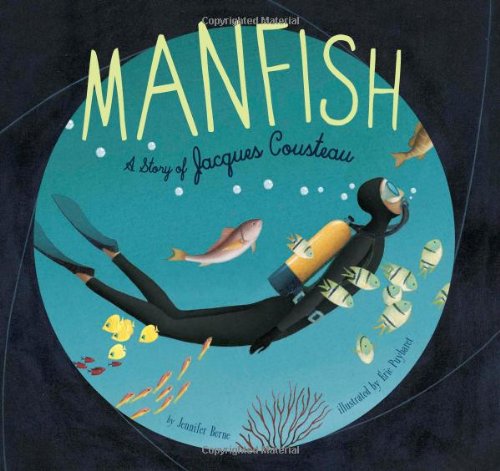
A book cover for Manfish: A Story of Jacques Cousteau; Jennifer Berne; Children's Books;